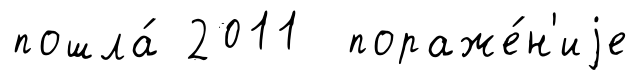
пошла́ 2011 пораже́н'иjе